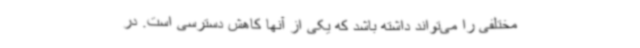
مختلفی را می‌تواند داشته باشد که یکی از آنها کاهش دسترسی است. در